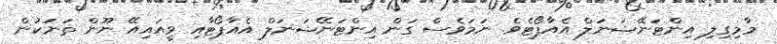
މާމިގިލި އިންޓަނޭޝަނަލް އެއާޕޯޓެވެ. ނަމަވެސް ގަން އިންޓަނޭޝަނަލް އެއާޕޯޓާއި ވީއައިއޭ ނޫން ތަނަކުން